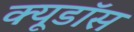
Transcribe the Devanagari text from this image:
क्यूडॉस